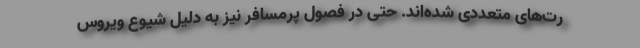
رت‌های متعددی شده‌اند. حتی در فصول پرمسافر نیز به دلیل شیوع ویروس